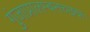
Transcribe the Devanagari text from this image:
गुंजाप्रालम्बनच्छन्नः